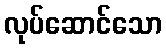
လုပ်ဆောင်သော